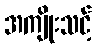
အကျိုးသင့်